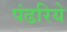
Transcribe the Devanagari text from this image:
पंढरिये